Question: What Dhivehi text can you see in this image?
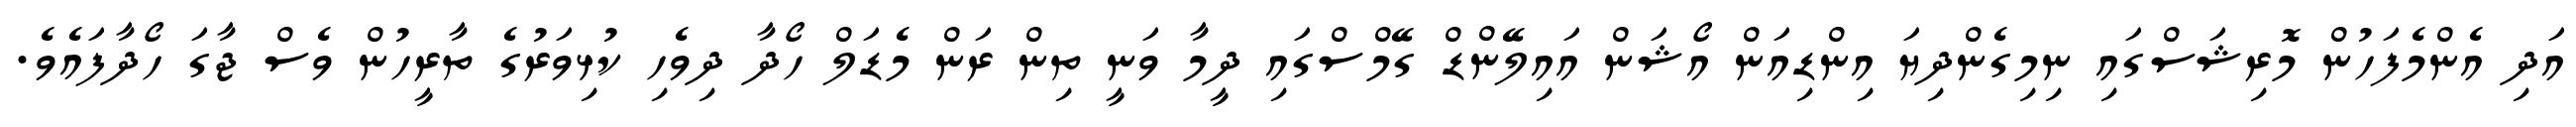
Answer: އަދި އެންމެފަހުން މޮރިޝަސްގައި ނިމިގެންދިޔަ އިންޑިއަން އޯޝަން އައިލޭންޑް ގޭމްސްގައި ދީމާ ވަނީ ތިން ރަން މެޑަލް ހޯދާ ދިވެހި ކުޅިވަރުގެ ތާރީހުން ވެސް ޖާގަ ހޯދާފައެވެ.